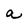
Character: a